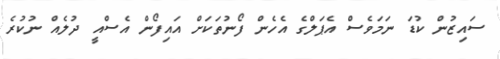
ސައިޒުން ކުޑަ ނަމަވެސް އެޕަލްގެ އެހެން ފޯނުތަކަށް އައިފޯން އެސްއީ ދުލެއް ނުކުރެ